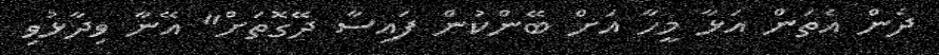
ދެން އެތަން އަޅާ މީހާ އަށް ބޭންކުން ފައިސާ ދޭގޮތަށް" އޭނާ ވިދާޅުވި